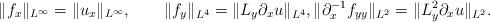
LaTeX: \begin{align*}\|f_x\|_{L^\infty} = \|u_x\|_{L^\infty},\qquad\|f_y\|_{L^4} = \|L_y\partial_xu\|_{L^4},\|\partial_x^{-1}f_{yy}\|_{L^2} = \|L_y^2\partial_xu\|_{L^2}.\end{align*}